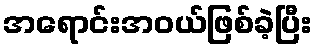
အရောင်းအဝယ်ဖြစ်ခဲ့ပြီး